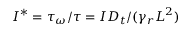
I ^ { * } = \tau _ { \omega } / \tau = I D _ { t } / ( \gamma _ { r } L ^ { 2 } )